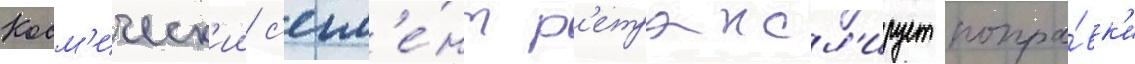
Косм'ическ'ии с'егм'е́нт р'етрансл'ирует попра́вк'и